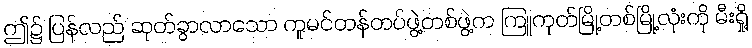
ဤ၌ ပြန်လည် ဆုတ်ခွာလာသော ကူမင်တန်တပ်ဖွဲ့တစ်ဖွဲ့က ကြူကုတ်မြို့တစ်မြို့လုံးကို မီးရှို့